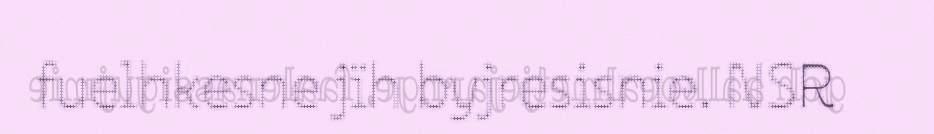
fuelhkesne jïh byjresisnie. NSR